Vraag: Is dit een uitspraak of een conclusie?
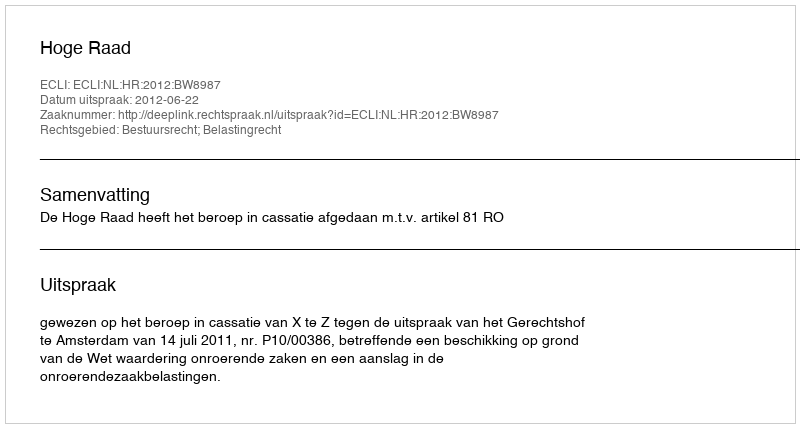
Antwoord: Uitspraak